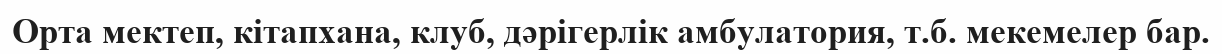
Орта мектеп, кітапхана, клуб, дәрігерлік амбулатория, т.б. мекемелер бар.